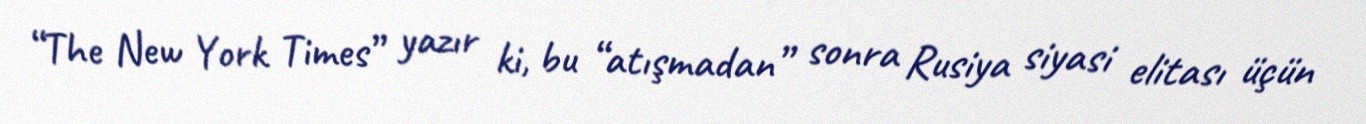
“The New York Times” yazır ki, bu “atışmadan” sonra Rusiya siyasi elitası üçün